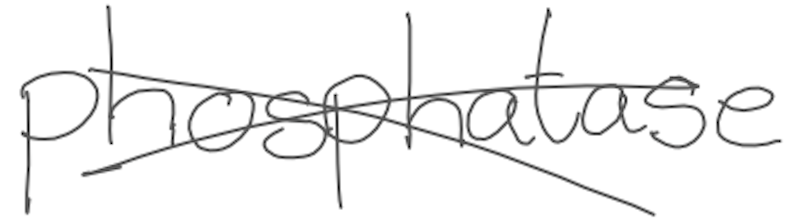
Text: phosphatase
Cross-out: cross
Writing tool: digital_gray